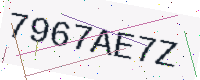
Text: 7967AE7Z